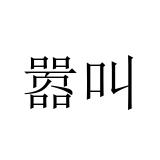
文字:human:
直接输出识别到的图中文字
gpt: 嚣叫